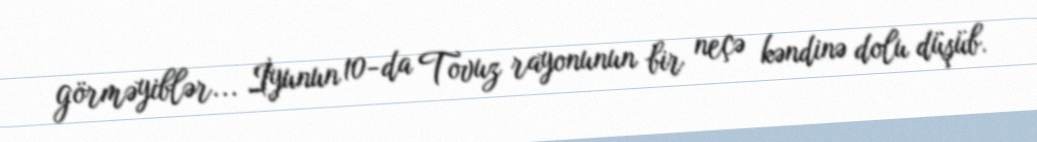
görməyiblər... İyunun 10-da Tovuz rayonunun bir neçə kəndinə dolu düşüb.